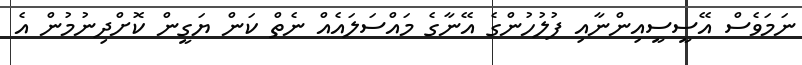
ނަމަވެސް އޭސީސީއިންނާއި ފުލުހުންގެ އޭނާގެ މައްސަލައެއް ނެތް ކަން ޔަގީން ކޮށްދިނުމުން އެ